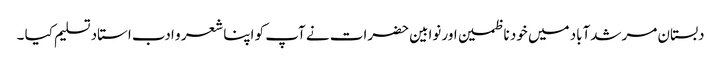
دبستان مرشدآباد میں خود ناظمین اور نوابین حضرات نے آپ کو اپنا شعر و ادب استاد تسلیم کیا ۔